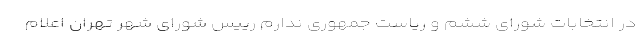
در انتخابات شورای ششم و ریاست جمهوری ندارم رییس شورای شهر تهران اعلام